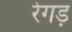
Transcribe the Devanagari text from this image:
रेगड़